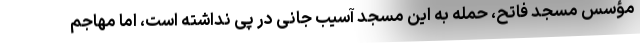
مؤسس مسجد فاتح، حمله به این مسجد آسیب جانی در پی نداشته است، اما مهاجم